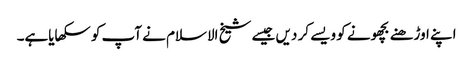
اپنے اوڑھنے بچھونے کو ویسے کر دیں جیسے شیخ الاسلام نے آپ کو سکھایاہے۔